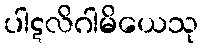
ပါဋလိဂါမိယေသု